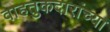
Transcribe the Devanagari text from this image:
वाहतुकदारांच्या